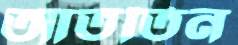
আততিন